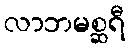
လာဘမစ္ဆရီ